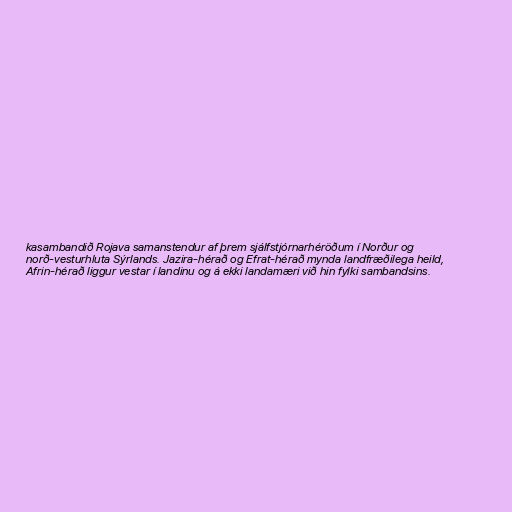
kasambandið Rojava samanstendur af þrem sjálfstjórnarhéröðum í Norður og
norð-vesturhluta Sýrlands. Jazira-hérað og Efrat-hérað mynda landfræðilega heild,
Afrin-hérað liggur vestar í landinu og á ekki landamæri við hin fylki sambandsins.